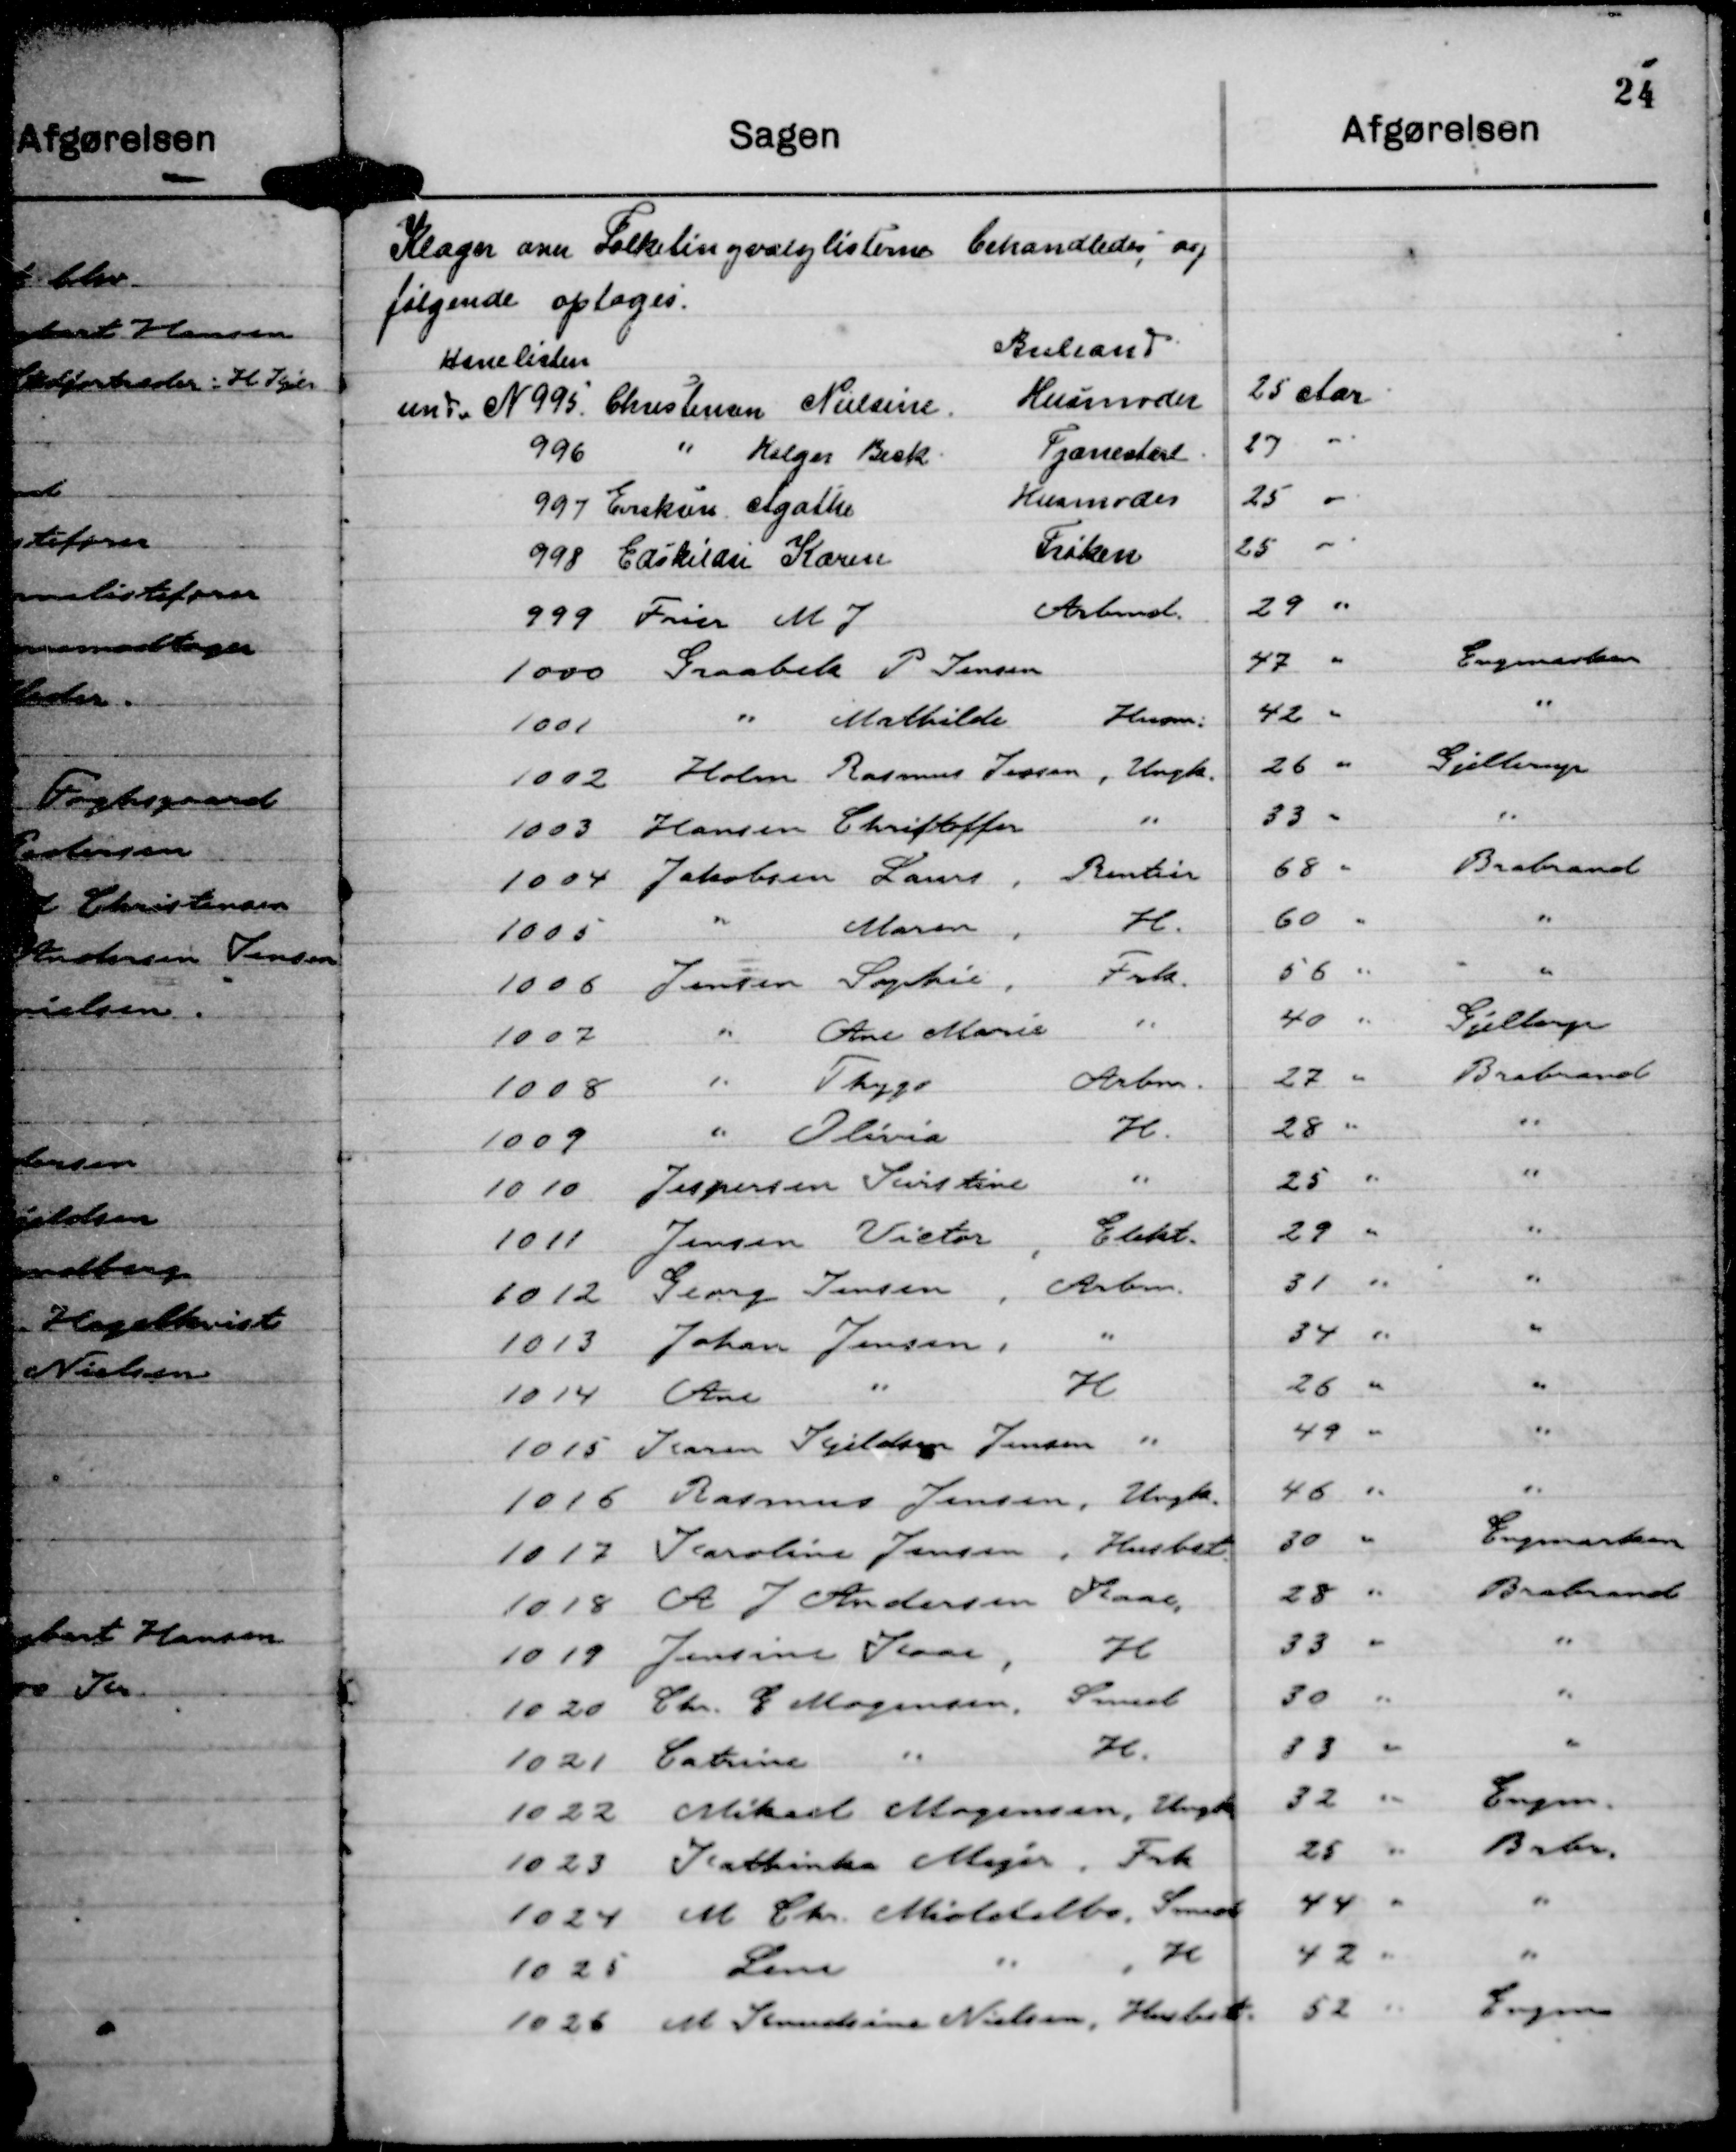
Transskription:
Klager over Folketingsvalglisterne behandledes, og
følgende optages.
Hanelisten
Brabrand

Under N 995. Christensen Nielsine.
Husmoder
25 Aar

996 " Holger Beck.
Tjænestert
27 "

997 Eviskun Agathe
Husmoder
25 "

998 Easkilsi Karen
Frøken
25 "

999 Frier M. J.
Arbmd.
29 "

1000 Graabek P Jensen
47 "
Engmarken

1001
" Mathilde Husm.
42 "
"

1002 Holm Rasmus Jessen , Ungk.
26 "
Gjellerup

1003 Hansen Christoffer
"
33 "
"

1004 Jakobsen Laurs , Rentier
68 "
Brabrand

1005
" Maren,
H.
60 "
"

1006 Jensen Sophie , Frk.
56 "
"

1007
"
Ane Marie "
40 "
Gjellerup

1008
" Thyge
Arbm.
27 "
Brabrand

1009
" Olivia
H.
28 "
"

1010 Jespersen Kristine
"
25 "
"

1011 Jensen Victor , Elekt.
29 "
"

1012 Georg Jensen , Arbm.
31 "
"

1013 Johan Jensen ,
"
34 "
"

1014 Ane
"
H
26 "
"

1015 Karen Kjeldsen Jensen "
49 "
"

1016 Rasmus Jensen , Ungk
46 "
"

1017 Karoline Jensen , Husbst.
30 "
Engmarken

1018 A J Andersen Kaae,
28 "
Brabrand

1019 Jensine Kaae , H
33 "
"

1020 Chr. E Mogensen, Smed
30 "
"

1021 Catrine
"
H.
33 "
"

1022 Mikael Mogensen, Ungk
32 "
Engm.

1023 Kathinka Mejer , Frk
25 "
Brbr.

1024 M Chr. Middelbo, Smed
44 "
"

1025 Lene
"
, H
42 "
"

1026 M Knudsine Nielsen, Husbest.
52 "
Engm